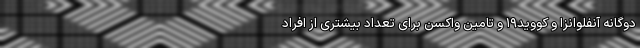
دوگانه آنفلوانزا و کووید۱۹ و تامین واکسن برای تعداد بیشتری از افراد